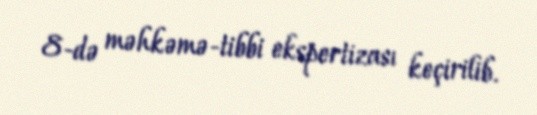
8-də məhkəmə-tibbi ekspertizası keçirilib.